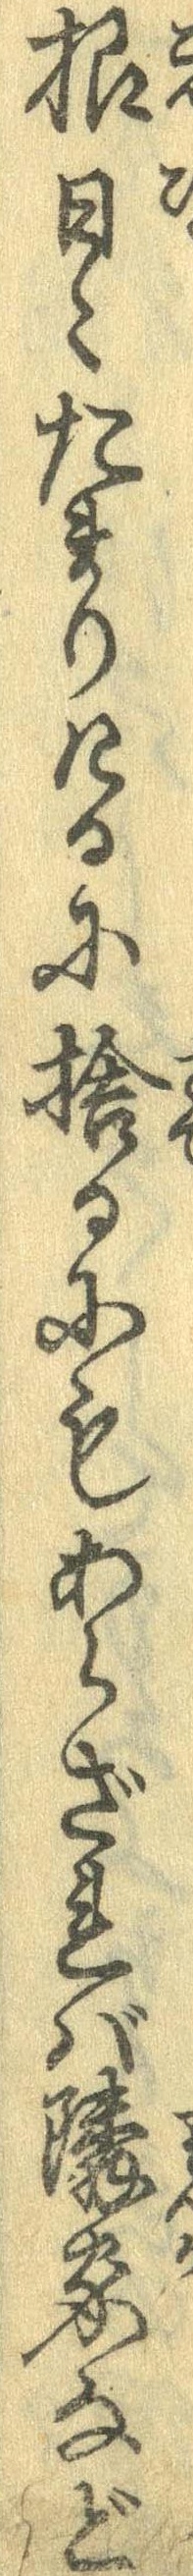
根日々たまりたるに捨るにもあらざれば隣家など